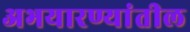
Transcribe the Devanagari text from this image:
अभयारण्यांतील